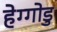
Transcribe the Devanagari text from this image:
हेग्गोडु